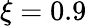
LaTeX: \xi=0.9